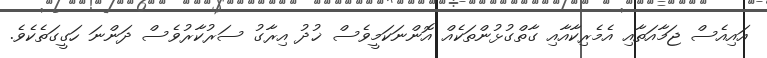
އައިއެސް ޖަމާއަތާއި އެމެރިކާއާއި ގާތްގުޅުންތަކެއް އޮންނަކަމީވެސް ޚުދު އިރާގު ސަރުކާރުވެސް ދަންނަ ހަގީގަތެކެވެ.